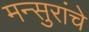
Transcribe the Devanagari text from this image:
मन्सुरांचे